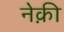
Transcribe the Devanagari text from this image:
नेक़ी